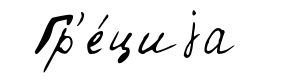
Гр'е́циjа